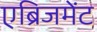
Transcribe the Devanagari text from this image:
एब्रिजमेंट